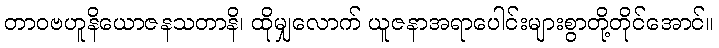
တာဝဗဟူနိယောဇနသတာနိ၊ ထိုမျှလောက် ယူဇနာအရာပေါင်းများစွာတို့တိုင်အောင်။